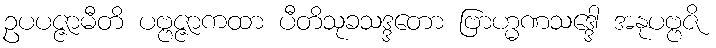
ဥပပဇ္ဇာမီတိ ပဗ္ဗဇ္ဇာကထာ ပီတိသုခသဒ္ဒတော ဗြာဟ္မဏသဒ္ဒေါ အနုပဗ္ဗဇိ